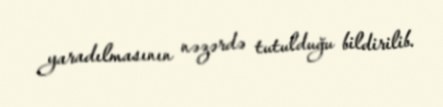
yaradılmasının nəzərdə tutulduğu bildirilib.